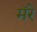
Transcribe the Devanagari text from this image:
मॅरे